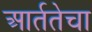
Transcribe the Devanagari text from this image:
आर्ततेचा